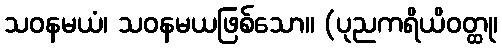
သဝနမယံ၊ သဝနမယဖြစ်သော။ (ပုညကရိယိဝတ္ထု၊